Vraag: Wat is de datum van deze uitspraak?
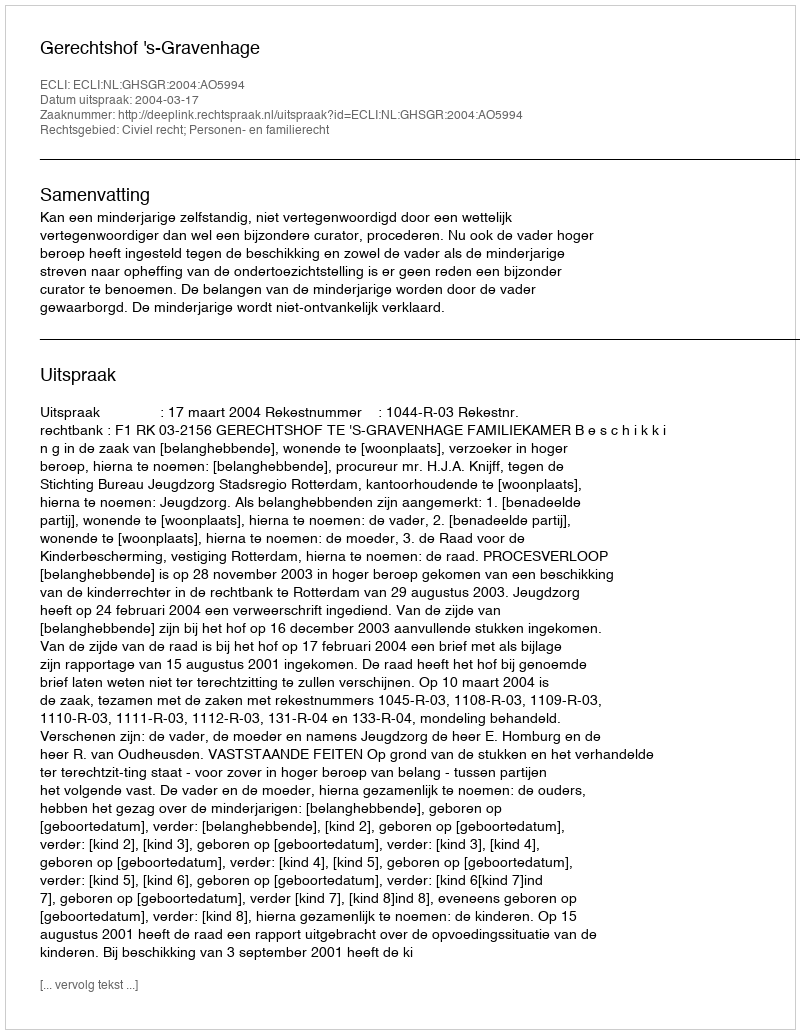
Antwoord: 2004-03-17